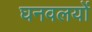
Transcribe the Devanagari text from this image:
घनवलयों